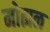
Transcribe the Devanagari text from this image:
मोह्यळ